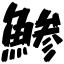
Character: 鯵